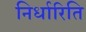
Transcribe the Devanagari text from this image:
निर्धारिति